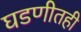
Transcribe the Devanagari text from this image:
घडणीतही